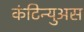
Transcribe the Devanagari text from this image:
कंटिन्युअस